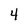
Character: 4